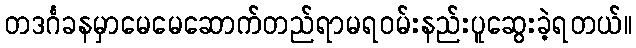
တဒင်္ဂခနမှာမေမေဆောက်တည်ရာမရဝမ်းနည်းပူဆွေးခဲ့ရတယ်။